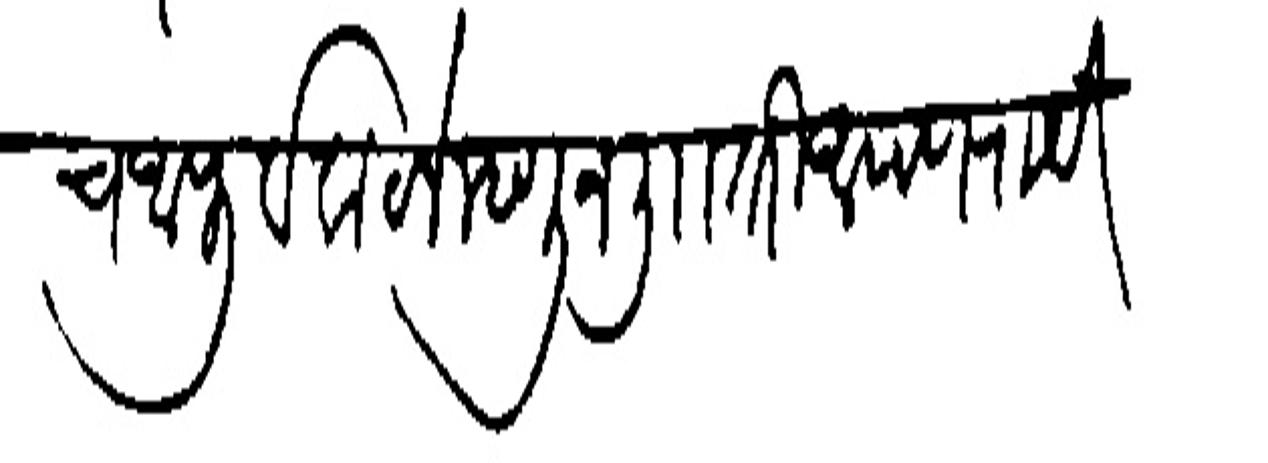
Transliteration (Devanagari): च आपूर्व वाटले म्हणून खिरा तरी आपण रायेचूर